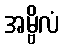
အမ္ဗိလံ